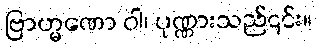
ဗြာဟ္မဏော ဝါ၊ ပုဏ္ဏားသည်၎င်း။